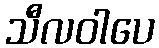
သီလဝါပေ